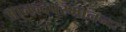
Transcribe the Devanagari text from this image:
आनन्दपरमानन्दः